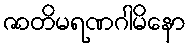
ဇာတိမရဏဂါမိနော